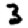
Digit: 3